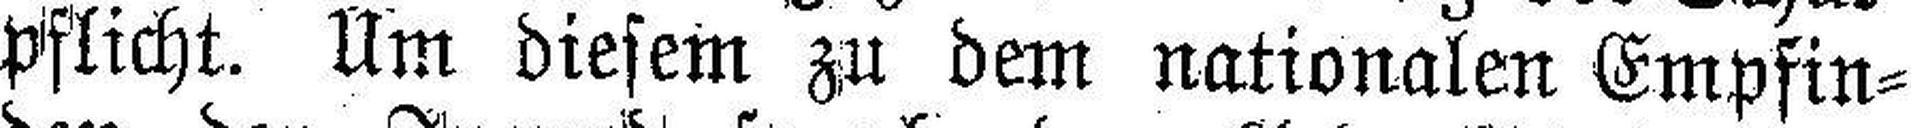
pflicht. Um diesem zu dem nationalen Empfin¬